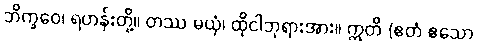
ဘိက္ခဝေ၊ ရဟန်းတို့။ တဿ မယှံ၊ ထိုငါဘုရားအား။ ဣတိ (ဧတံ ဧသော